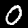
Label: 0